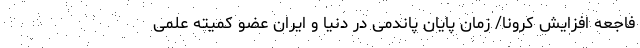
فاجعه افزایش کرونا/ زمان پایان پاندمی در دنیا و ایران عضو کمیته علمی